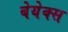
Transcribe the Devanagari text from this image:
बेयेक्स